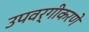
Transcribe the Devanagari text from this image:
उपवर्गीकरणे